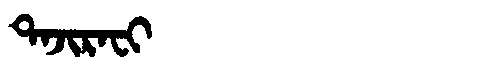
Manchu: ᡨᠠᠵᡳᡵᠠᠸᡳ
Romanization: TAJIRAFI